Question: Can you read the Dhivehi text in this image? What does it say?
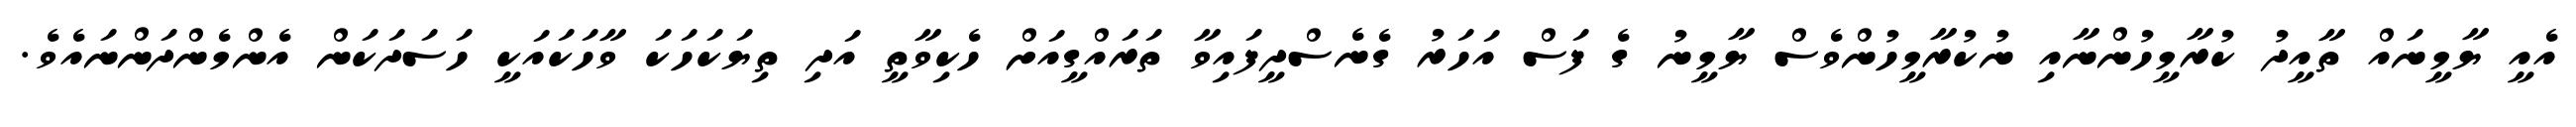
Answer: އެއީ ޔާމީނައް ތާއީދު ކުރާމީހުންނާއި ނުކުރާމީހުންވެސް ޔާމީނު ގެ ފަސް އަހަރު ގެނެސްދީފައިވާ ތަރައްގީއަށް ހެކިވާތީ އަދި ތިޔަކަހަކަ ވާހަކައަކީ ހަސަދަކަން އެންމެންދަންނައެވެ.